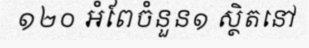
១២០ អំពែចំនួន១ ស្ថិតនៅ